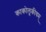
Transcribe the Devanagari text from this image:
काकोलूकीयम्